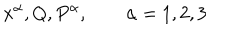
x ^ { \alpha } , Q , P ^ { \alpha } , \qquad \alpha = 1 , 2 , 3